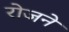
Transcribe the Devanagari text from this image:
रोजने